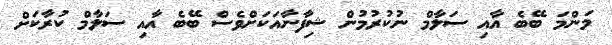
މަންމަ ބޭބެ އާއި ސަލާމް ނުކުރުމުން ޝިފާނާއަކަށްވެސް ބޭބެ އާއި ސަލާމް ކުރާކަށް